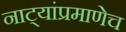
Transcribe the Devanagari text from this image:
नाट्यांप्रमाणेच